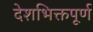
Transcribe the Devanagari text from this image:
देशभिक्तपूर्ण